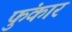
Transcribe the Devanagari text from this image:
फुंकार